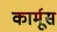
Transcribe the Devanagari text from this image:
कार्मूस